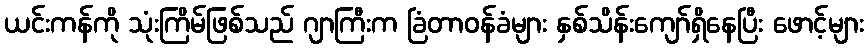
ယင်းကန်ကို သုံးကြိမ်ဖြစ်သည် ဂျာကြီးက ခြံတာဝန်ခံများ နှစ်သိန်းကျော်ရှိနေပြီး ဖောင့်များ